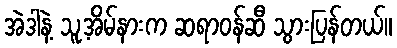
အဲဒါနဲ့ သူ့အိမ်နားက ဆရာဝန်ဆီ သွားပြန်တယ်။